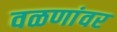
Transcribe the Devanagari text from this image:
वळणांवर